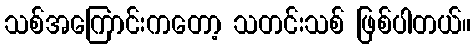
သစ်အကြောင်းကတော့ သတင်းသစ် ဖြစ်ပါတယ်။